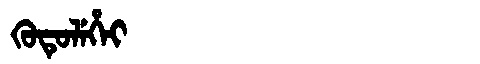
Manchu: ᡴᡠᡨᡠᠯᡝᡥᡝᡳ
Romanization: KUTULEHEI